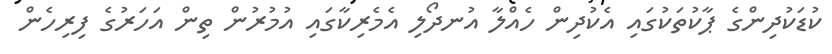
ކުޑަކުދިންގެ ޕާކުތަކުގައި އެކުދިން ހެއްލާ އުނދޯލި އެމެރިކާގައި އުމުރުން ތިން އަހަރުގެ ފިރިހެން